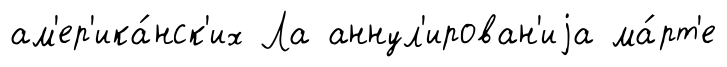
ам'ер'ика́нск'их Ла аннул'ирован'иjа ма́рт'е